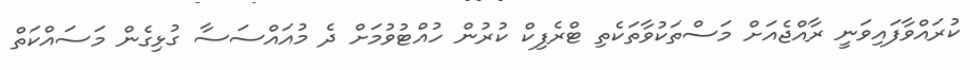
ކުރައްވާފައިވަނީ ރާއްޖެއަށް މަސްތަކުވާތަކެތި ޓްރެފިކް ކުރުން ހުއްޓުވުމަށް ދެ މުއައްސަސާ ގުޅިގެން މަސައްކަތް